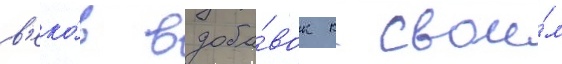
в'еко́в вдоба́вок к свои́м